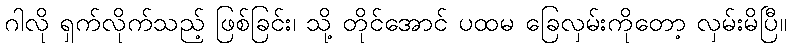
ဂါလို ရှက်လိုက်သည့် ဖြစ်ခြင်း၊ သို့ တိုင်အောင် ပထမ ခြေလှမ်းကိုတော့ လှမ်းမိပြီ။